Leningradi_Edasi_toimetus, lk 200
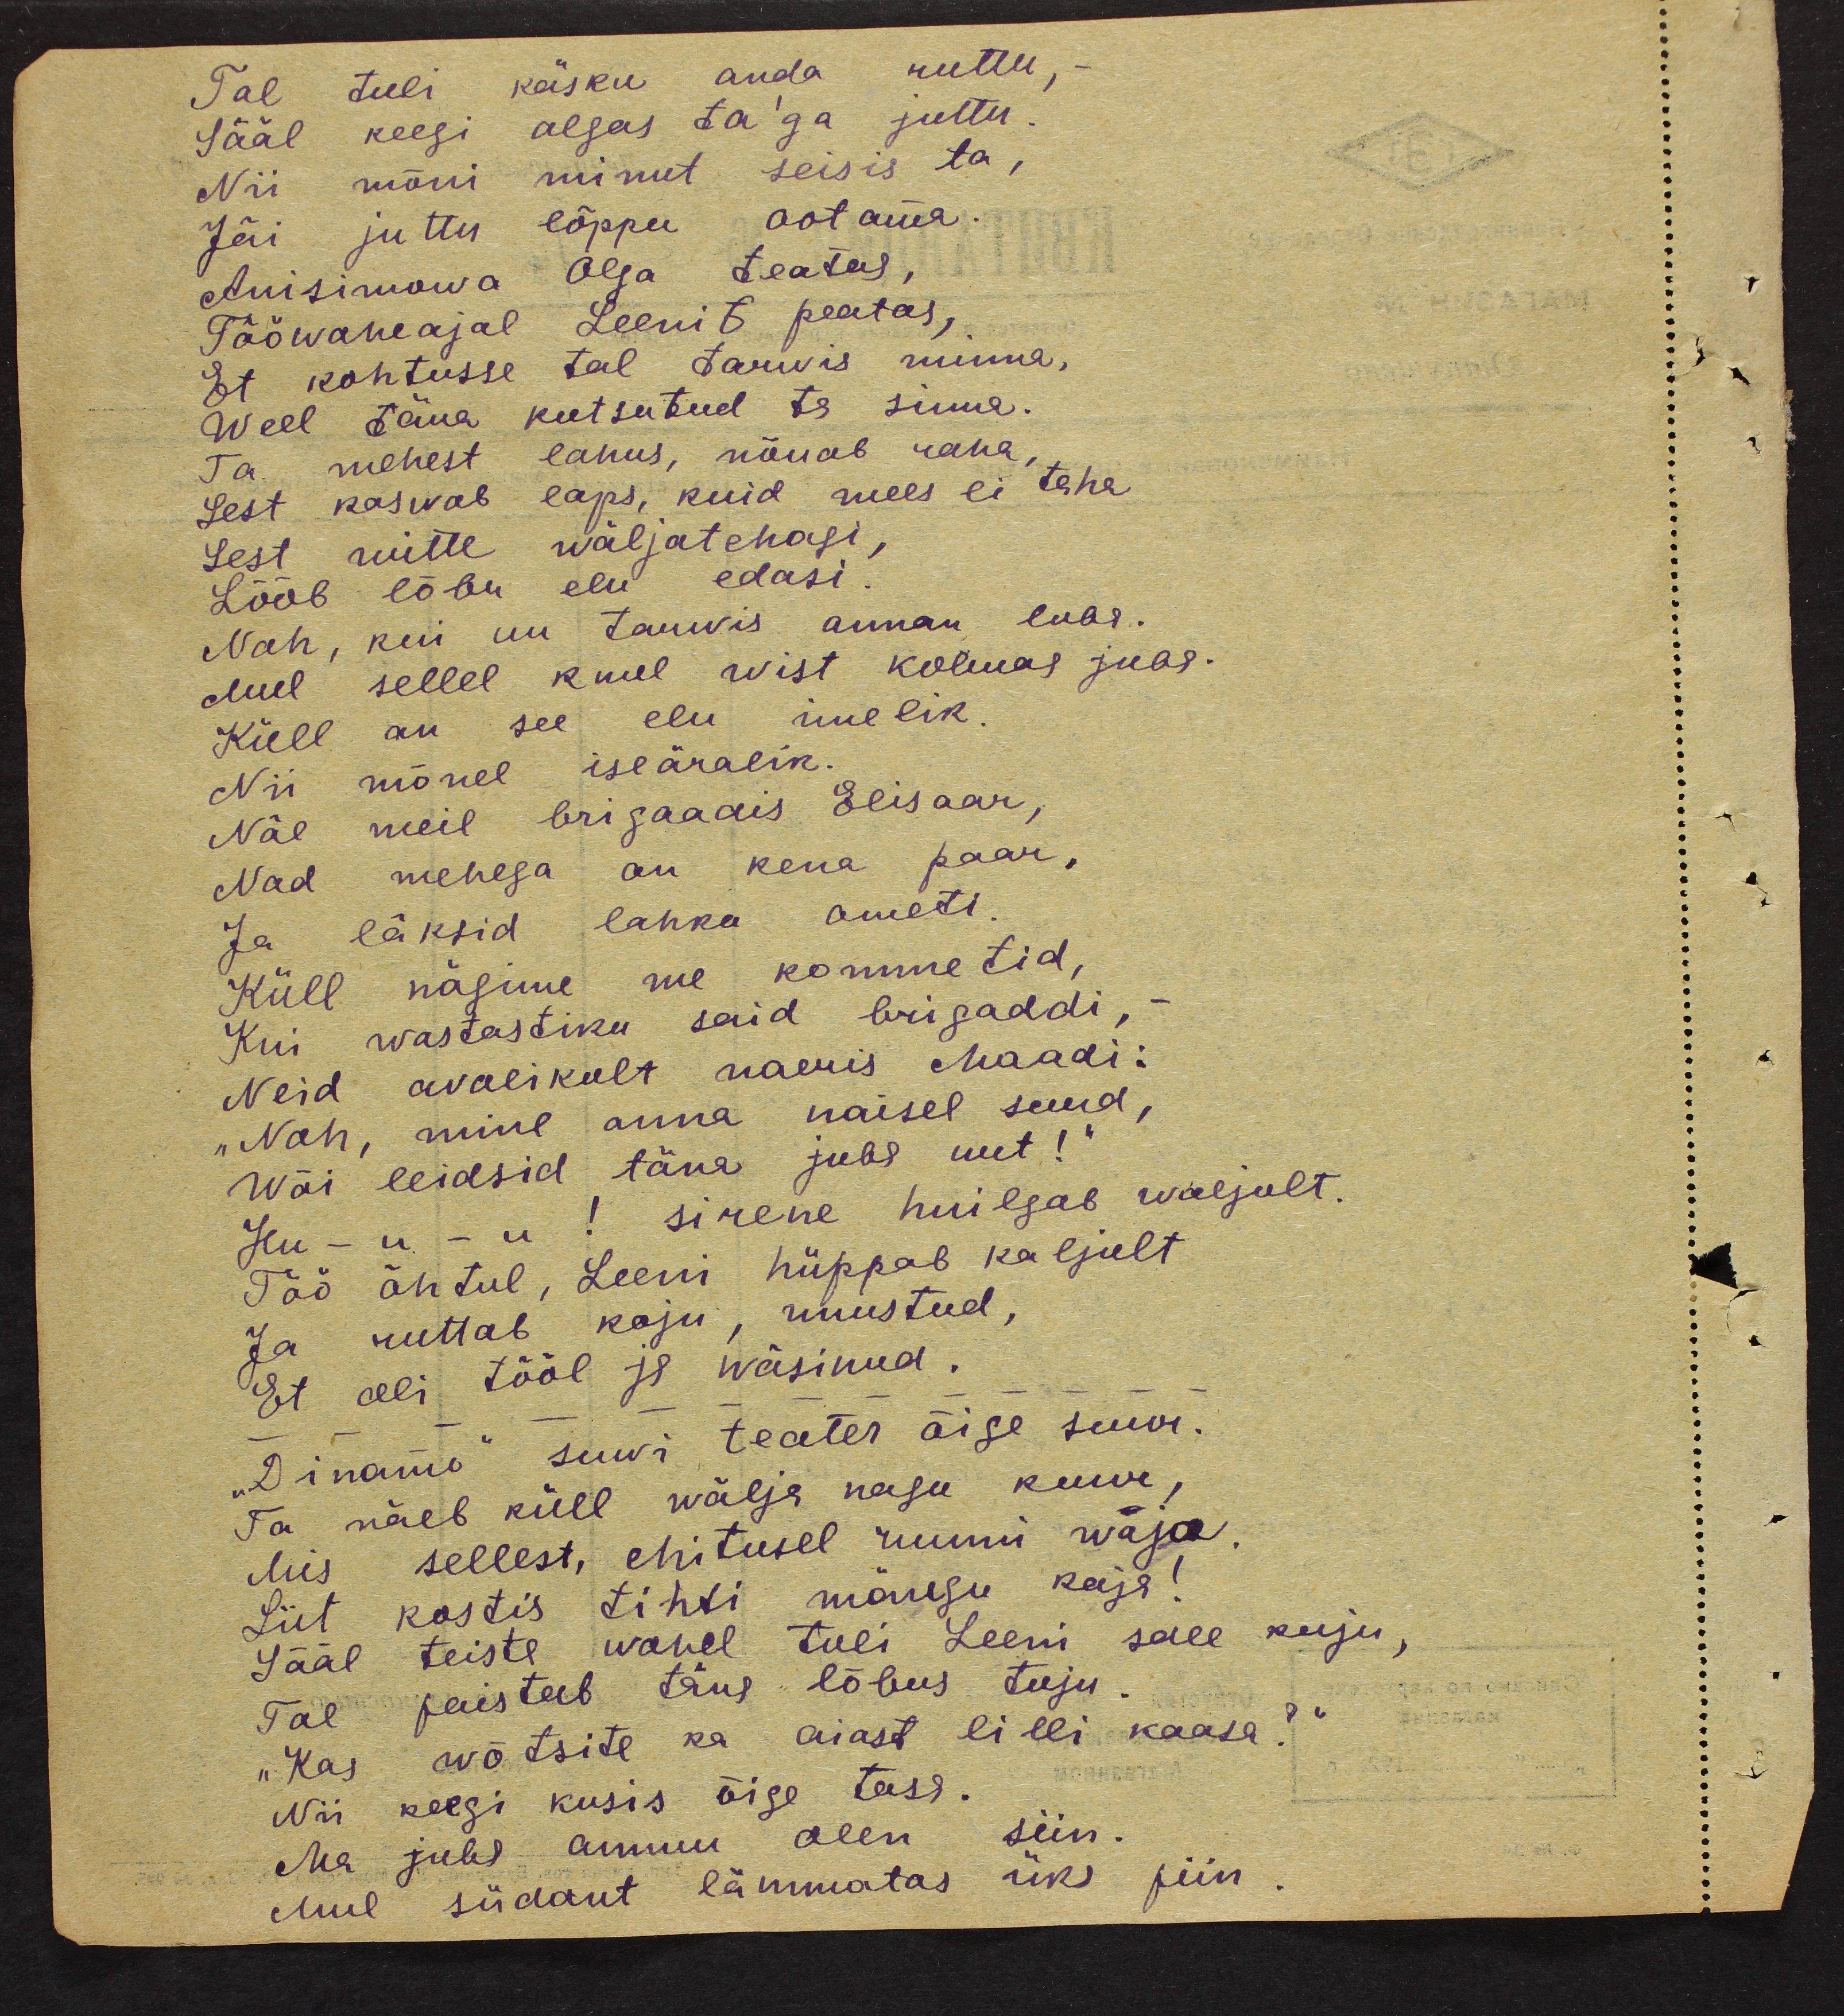
Tal tuli käsku anda ruttu, -
Sääl keegi algas ta'ga juttu.
Nii mõni minut seisis ta,
Jäi juttu lõppu ootama.
Anisimowa Olga teatas,
Tööwaheajal Leenit peatas,
Et kohtusse tal tarwis minna,
Weel täna kutsutud ta sinna.
Ta mehest lahus, nõuab raha
Sest kasvab laps, kuid mees ei teha
Sest mitte wäljatehagi,
Lööb lõbu elu edasi.
Nah, kui uu tarwis annan luba.
Mul sellel kuul wist kolmas juba.
Küll on see elu imelik.
Nii mõnel iseäralik.
Näe meil brigaadis Elisaar,
Nad mehega on kena paar,
Ja läksid lahku ometi.
Küll nägime me kommetid,
Kui wastastiku said brigaadi,
Neid avalikult naeris Maadi:
"Nah, mine anna naisel suud,
Wõi leidsid täna juba uut!“
Hu - u. - u! sirene huilgab waljult.
Töö õhtul, Leeni hüppab kaljult
Ja ruttab koju, rusustud.
Et lli tööl ja wäsinud.
"Dinamo" suvi teater õige suur.
Ta näeb küll wälja nagu kuur,
Mis sellest, ehitusel ruumi waja.
Siit kostis tihti mängu kaja!
Sääl teiste wahel tuli Leeni sale kuju,
Tal paistab täna lõbus tuju.
"Kas wõtsite ka aiast lilli kaasa?"
Nii keegi küsis õige tasa.
Ma juba ammu olen siin.
Mul südant lämmatas üks piin.